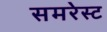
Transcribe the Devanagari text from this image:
समरेस्ट